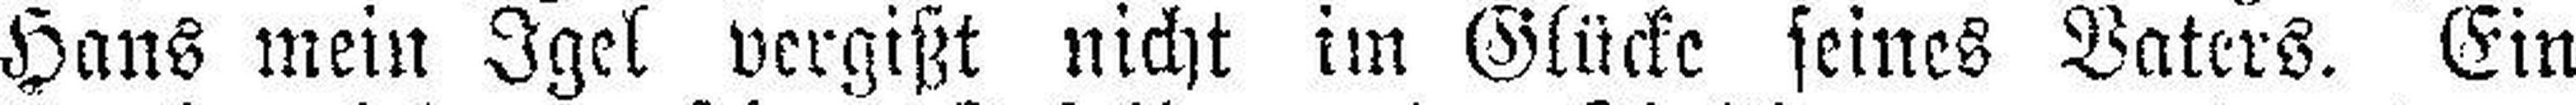
Hans mein Igel vergißt nicht im Glücke seines Vaters. Ein